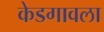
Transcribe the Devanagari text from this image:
केडगावला